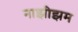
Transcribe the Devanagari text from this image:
नाझीझम